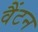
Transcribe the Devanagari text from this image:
वैंटन